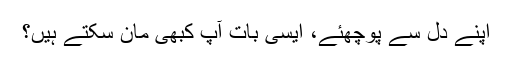
اپنے دل سے پوچھئے، ایسی بات آپ کبھی مان سکتے ہیں؟